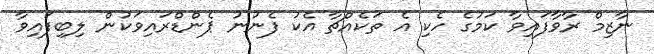
ނާޒިމް ރާވާފައިވާ ކަމުގެ ހެކި އެ ތަކެއްޗާ އެކު ފެނުނު ޕެންޑްރައިވަކުން ލިބިފައިވާ